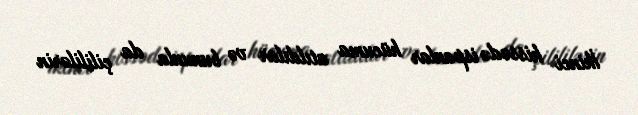
İkinci hissədə ispanlar hücuma atıldılar və bununla da çilililərin